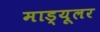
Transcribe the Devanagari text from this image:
माड्यूलर